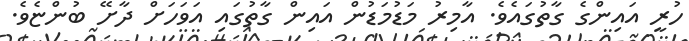
ހުރީ އައިންގެ ގާތުގައެވެ. އާމިރު މަޑުމަޑުން އައިން ގާތުގައި އަވަހަށް ދާށޭ ބުންޏެވެ.